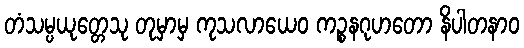
တံသမ္ပယုတ္တေသု တုမှာမှ ကုသလာယေဝ ကဉ္စနဂုဟတော နိပါတနာဝ